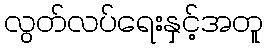
လွတ်လပ်ရေးနှင့်အတူ